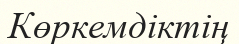
Көркемдіктің